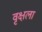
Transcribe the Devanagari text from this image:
वृक्षला